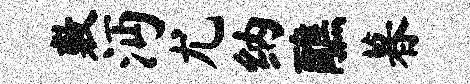
敷沔尤纳醮暮